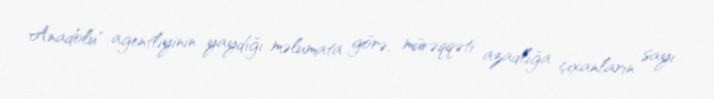
Anadolu" agentliyinin yaydığı məlumata görə, müvəqqəti azadlığa çıxanların sayı